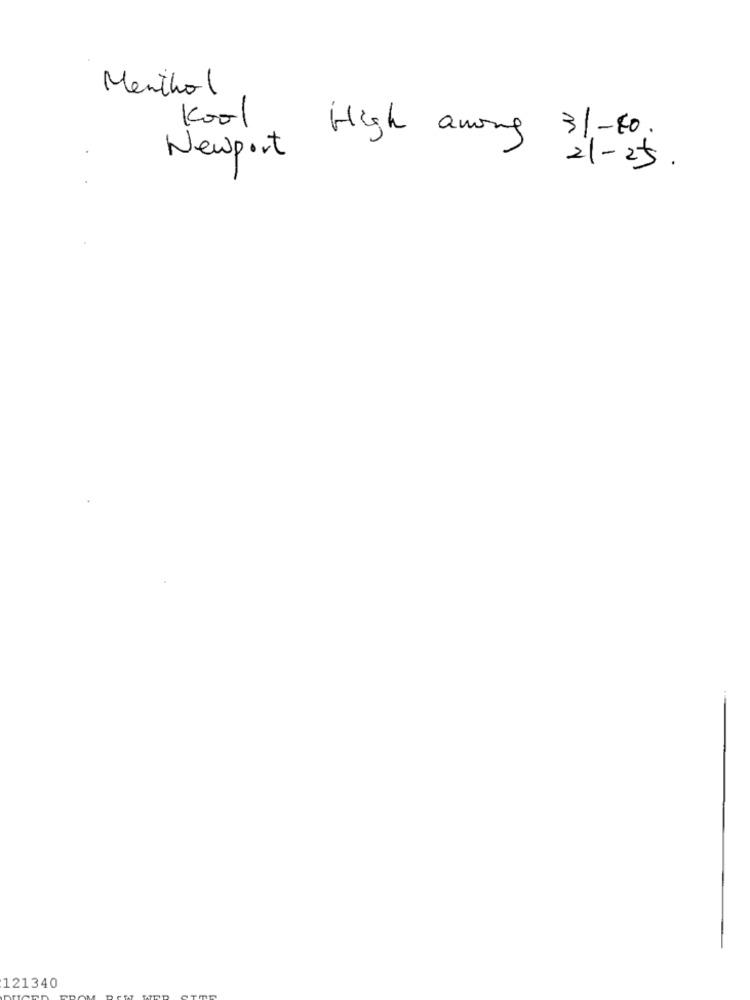
Menthol
Kool
High among 31-10.
Newport
21-25.
121340